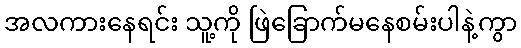
အလကားနေရင်း သူ့ကို ဖြဲခြောက်မနေစမ်းပါနဲ့ကွာ